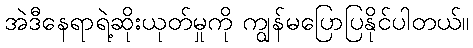
အဲဒီနေရာရဲ့ဆိုးယုတ်မှုကို ကျွန်မပြောပြနိုင်ပါတယ်။